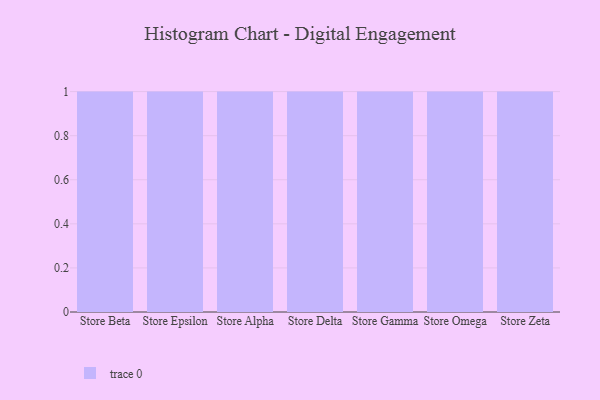
{"axis": {"x": "Store", "y": "Churn Rate (%)"}, "legend": [""], "data": [{"x": "Store Beta", "y": 16, "type": ""}, {"x": "Store Epsilon", "y": 2, "type": ""}, {"x": "Store Alpha", "y": 80, "type": ""}, {"x": "Store Delta", "y": 35, "type": ""}, {"x": "Store Gamma", "y": 97, "type": ""}, {"x": "Store Omega", "y": 4, "type": ""}, {"x": "Store Zeta", "y": 50, "type": ""}]}